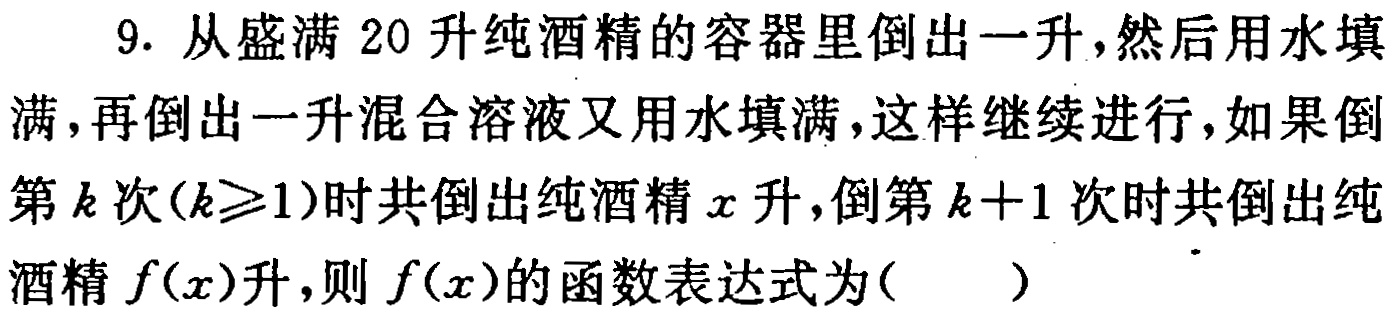
9. 从盛满 20 升纯酒精的容器里倒出一升，然后用水填满，再倒出一升混合溶液又用水填满，这样继续进行，如果倒第\(k\)次(\(k\geqslant1\))时共倒出纯酒精\(x\)升，倒第\(k + 1\)次时共倒出纯酒精\(f(x)\)升，则\(f(x)\)的函数表达式为(  )